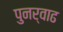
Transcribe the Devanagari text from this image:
पुनर्वाढ